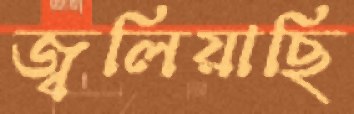
জ্বলিয়াছি